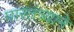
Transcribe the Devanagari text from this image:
पारतंत्र्याने